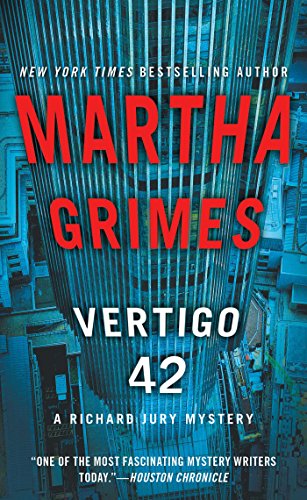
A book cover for Vertigo 42: A Richard Jury Mystery; Martha Grimes; Mystery, Thriller & Suspense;